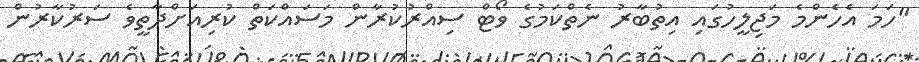
"ހަމަ އެހެންމެ މަޖިލީހުގައި އިތުބާރު ނެތްކަމުގެ ވޯޓް ސިއްރުކުރާން މަސައްކަތް ކުރިއަށްދާތީވެ ސަރުކާރުން